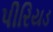
પીરિયડ